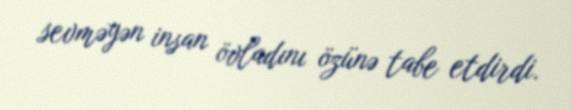
sevməyən insan övladını özünə tabe etdirdi.